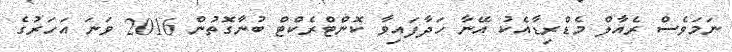
ނަމަވެސް ރެއާލް މެޑްރިޑާއެކު އޭނާ ހަދާފައިވާ ކޮންޓްރެކްޓް ބުނާގޮތުން 2016 ވަނަ އަހަރުގެ